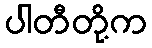
ပါတီတို့က